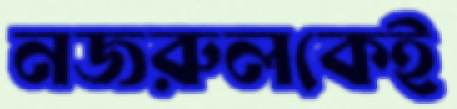
নজরুলকেই